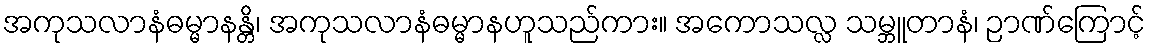
အကုသလာနံဓမ္မာနန္တိ၊ အကုသလာနံဓမ္မာနဟူသည်ကား။ အကောသလ္လ သမ္ဘူတာနံ၊ ဉာဏ်ကြောင့်